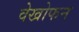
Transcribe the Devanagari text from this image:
वेखोफन